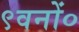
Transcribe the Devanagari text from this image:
९वनों०